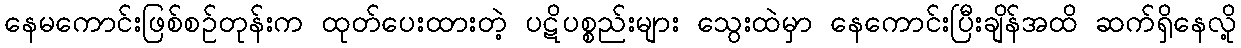
နေမကောင်းဖြစ်စဉ်တုန်းက ထုတ်ပေးထားတဲ့ ပဋိပစ္စည်းများ သွေးထဲမှာ နေကောင်းပြီးချိန်အထိ ဆက်ရှိနေလို့